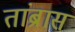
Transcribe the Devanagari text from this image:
तांब्रास